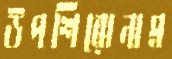
উপশিরোনাম